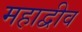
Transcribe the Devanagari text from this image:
महाद्वीव